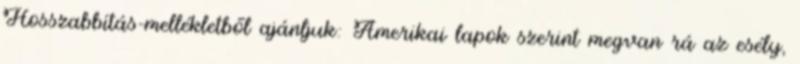
Hosszabbítás-mellékletből ajánljuk: Amerikai lapok szerint megvan rá az esély,